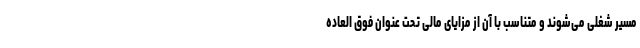
مسیر شغلی می‌شوند و متناسب با آن از مزایای مالی تحت عنوان فوق العاده